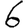
Digit: 6